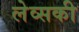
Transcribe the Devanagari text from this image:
लेव्‍सकी